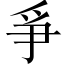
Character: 爭